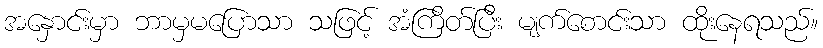
အနှောင်းမှာ ဘာမှမပြောသာ သဖြင့် အံကြိတ်ပြီး မျက်စောင်းသာ ထိုးနေရသည်။